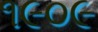
૧૯૦૯